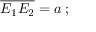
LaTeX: { \overline { { E _ { 1 } E _ { 2 } } } } = a \; ; \;